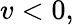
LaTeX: v<0,